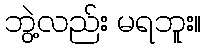
ဘွဲ့လည်း မရဘူး။